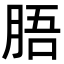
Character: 䏸